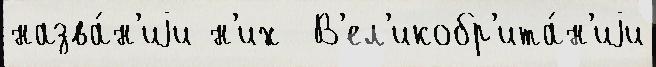
назва́н'иjи н'их  В'ел'икобр'ита́н'иjи